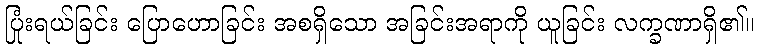
ပြုံးရယ်ခြင်း ပြောဟောခြင်း အစရှိသော အခြင်းအရာကို ယူခြင်း လက္ခဏာရှိ၏။